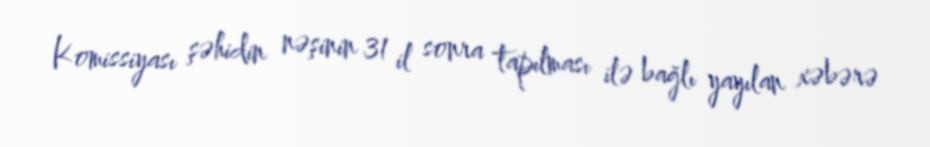
Komissiyası şəhidin nəşinin 31 il sonra tapılması ilə bağlı yayılan xəbərə